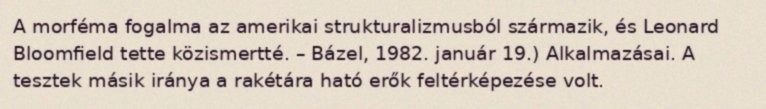
A morféma fogalma az amerikai strukturalizmusból származik, és Leonard Bloomfield tette közismertté. – Bázel, 1982. január 19.) Alkalmazásai. A tesztek másik iránya a rakétára ható erők feltérképezése volt.